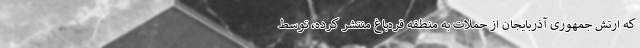
که ارتش جمهوری آذربایجان از حملات به منطقه قره‌باغ منتشر کرده، توسط